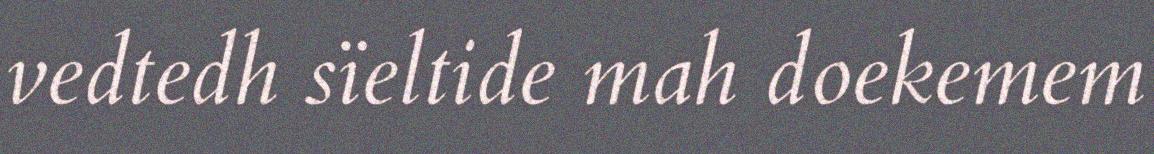
vedtedh sïeltide mah doekemem